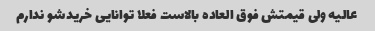
عالیه ولی قیمتش فوق العاده بالاست فعلا توانایی خریدشو ندارم